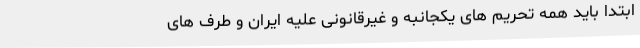
ابتدا باید همه تحریم های یکجانبه و غیرقانونی علیه ایران و طرف های